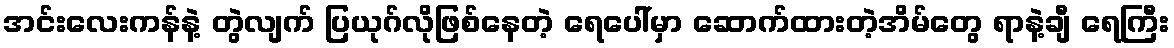
အင်းလေးကန်နဲ့ တွဲလျက် ပြယုဂ်လိုဖြစ်နေတဲ့ ရေပေါ်မှာ ဆောက်ထားတဲ့အိမ်တွေ ရာနဲ့ချီ ရေကြီး